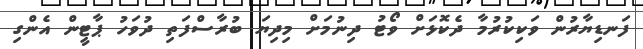
ފަނޑިޔާރުން ވަކިކުރުމާ ދެކޮޅަށް ވޯޓު ދިނުމަށް މިދިޔަ ބުރާސްފަތި ދުވަހު ޕާޓީން އެންގި